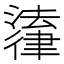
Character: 𪫚